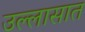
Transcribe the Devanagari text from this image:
उल्लासात